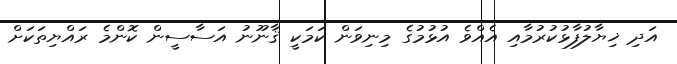
އަދި ޚިޔާލުފާޅުކުރުމާއި އެއްވެ އުޅުމުގެ މިނިވަން ކަމަކީ ޤާނޫނު އަސާސީން ކޮންމެ ރައްޔިތަކަށް